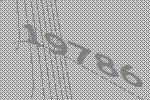
19786